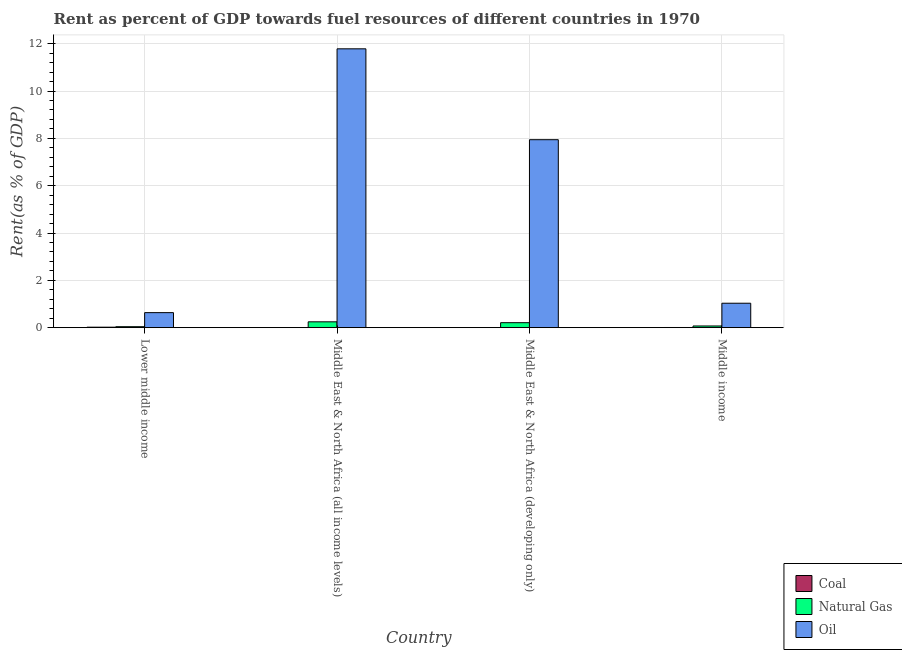
| Country | Coal | Natural Gas | Oil |
 | --- | --- | --- | --- |
 | Lower middle income | 0.0206 | 0.0412 | 0.635 |
 | Middle East & North Africa (all income levels) | 0.000582 | 0.247 | 11.8 |
 | Middle East & North Africa (developing only) | 0.000822 | 0.21 | 7.94 |
 | Middle income | 0.00742 | 0.0715 | 1.03 |